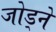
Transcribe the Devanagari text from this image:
जोड्ने